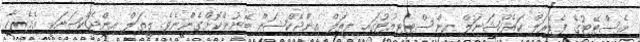
އެސްޓޭޓުގެ ފެޑެރަލް ކަރެކްޝަނަލް އިންސްޓިޓިއުޓުގައި ލީތަލް އިންޖެކްޝަން ބޭނުންކޮށްގެންނެވެ. ލީތަލް އިންޖެކްޝަނަކީ އެމެރިކާ